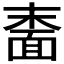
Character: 𬰠